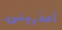
أعذرينى